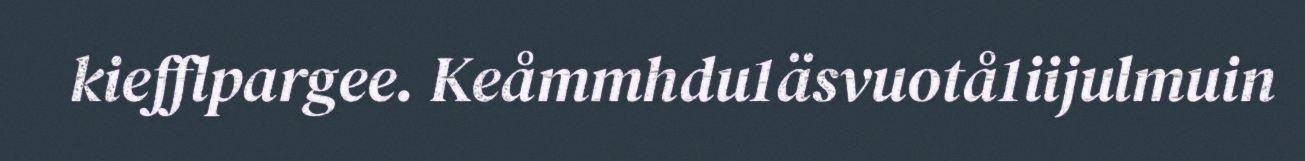
kiefflpargee. Keåmmhdu1äsvuotå1iijulmuin